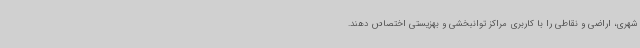
شهری، اراضی و نقاطی را با کاربری مراکز توانبخشی و بهزیستی اختصاص دهند.